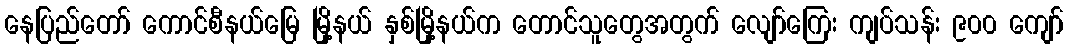
နေပြည်တော် ကောင်စီနယ်မြေ မြို့နယ် နှစ်မြို့နယ်က တောင်သူတွေအတွက် လျော်ကြေး ကျပ်သန်း ၉၀၀ ကျော်